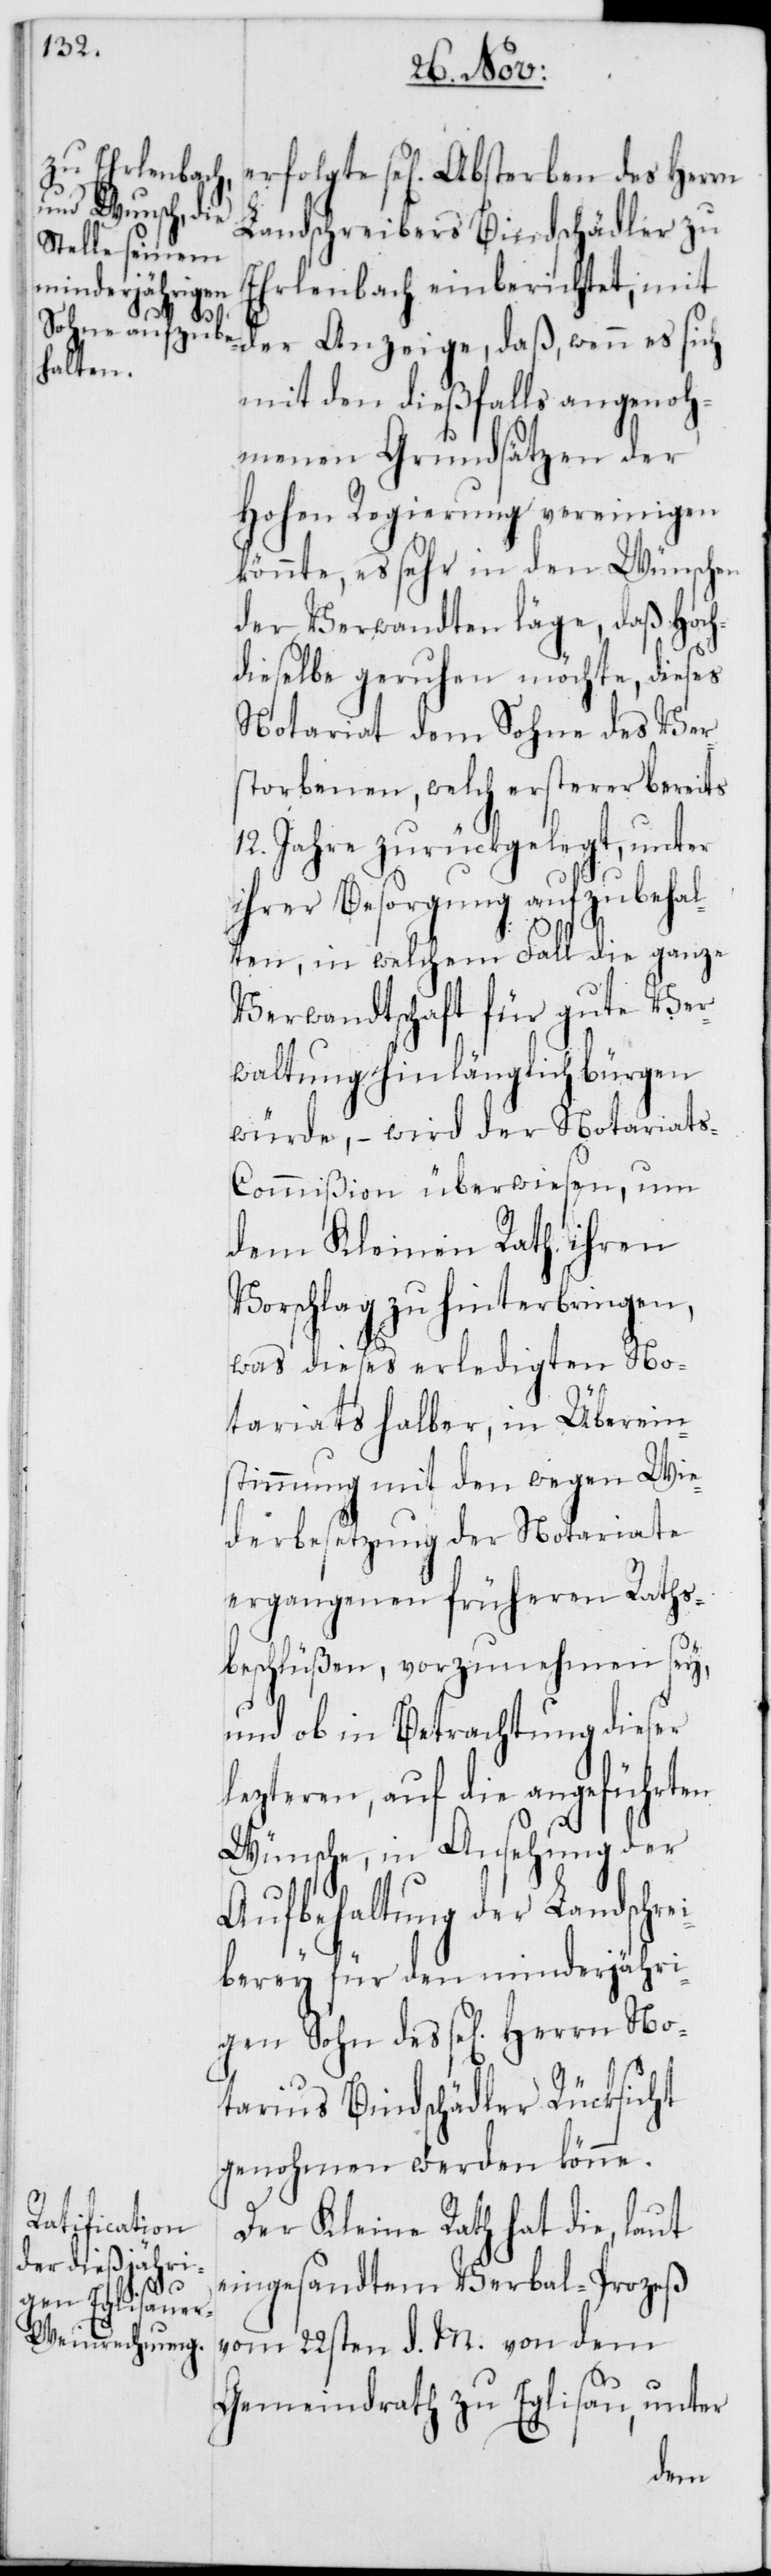
No¬

minderjährigen
des

Landschreibers Bindschädler zu
Ehrlenbach einberichtet, mit
der Anzeige, daß, wenn es sich
mit dem dießfalls angenoh¬
menen Grundsätzen der
Hohen Regierung vereinigen
könnte, es sehr in den Wünschen
der Verwandten läge, daß Hoch¬
dieselbe geruhen möchte, dieses
Notariat dem Sohne des Ver¬
storbenen, welch ersterer bereits
12. Jahre zurückgelegt, unter
ihrer Besorgung aufzubehal¬
ten, in welchem Fall die ganze
Verwandtschaft für gute Ver¬
waltung hinlänglich bürgen
würde, – wird der Notariat¬
s-Commißion überwiesen, um
dem Kleinen Rath ihren
Vorschlag zu hinterbringen,
was dieses erledigten No¬
tariats halber, in Überein¬
stimmung mit den wegen Wie¬
derbesetzung der Notariate
ergangenen früheren Raths¬
beschlüßen, vorzunehmen sey,
und ob in Betrachtung dieser
lezteren, auf die angeführten
Wünsche, in Ansehung der
Aufbehaltung der Landschre¬
tarius Bindschädler Rücksicht
genohmen werden könne.
Der Kleine Rath hat die, laut
eingesandtem Verbal-Prozeß
vom 22sten d. M. von dem
Gemeindrath zu Eglisau, unter
den